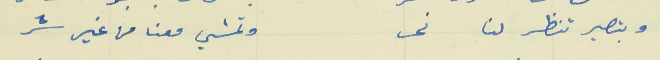
وبتصير تنظر لنا نحر                                          وتمشي معنا من غير شر